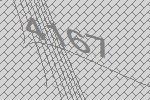
4167